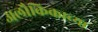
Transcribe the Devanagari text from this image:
अलौकिकाच्या